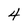
Character: 4